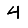
Digit: 4